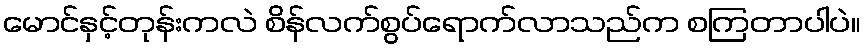
မောင်နှင့်တုန်းကလဲ စိန်လက်စွပ်ရောက်လာသည်က စကြတာပါပဲ။